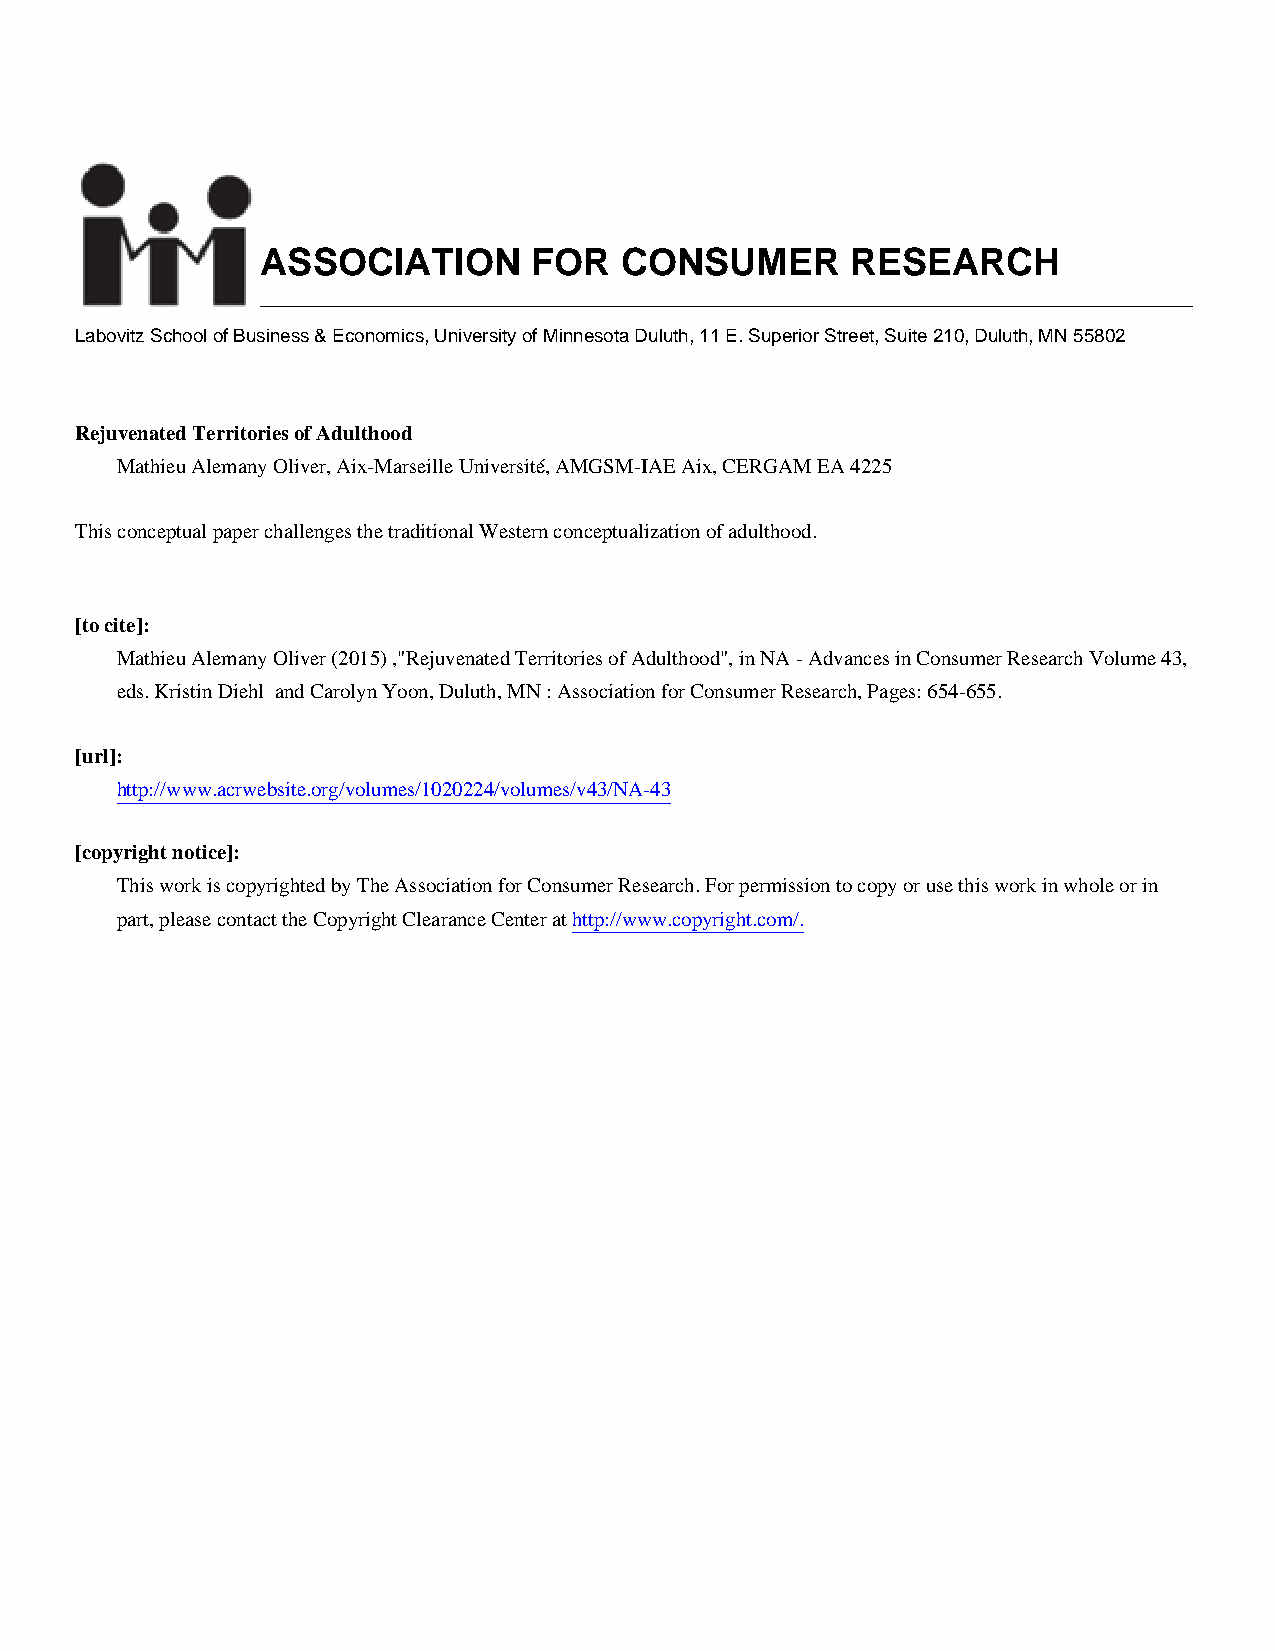
ASSOCIATION       FOR   CONSUMER       RESEARCH
 Labovitz School of Business & Economics, University of Minnesota Duluth, 11 E. Superior Street, Suite 210, Duluth, MN 55802
 Rejuvenated Territories of Adulthood
 Mathieu Alemany Oliver, Aix-Marseille Université, AMGSM-IAE Aix, CERGAM EA 4225
 This conceptual paper challenges the traditional Western conceptualization of adulthood.
 [to cite]:
 Mathieu Alemany Oliver (2015) ,"Rejuvenated Territories of Adulthood", in NA - Advances in Consumer Research Volume 43,
 eds. Kristin Diehl and Carolyn Yoon, Duluth, MN : Association for Consumer Research, Pages: 654-655.
 [url]:
 http://www.acrwebsite.org/volumes/1020224/volumes/v43/NA-43
 [copyright notice]:
 This work is copyrighted by The Association for Consumer Research. For permission to copy or use this work in whole or in
 part, please contact the Copyright Clearance Center at http://www.copyright.com/.